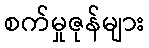
စက်မှုဇုန်များ